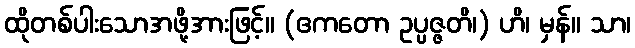
ထိုတစ်ပါးသောအဖို့အားဖြင့်။ (ဧကတော ဥပ္ပဇ္ဇတိ၊) ဟိ၊ မှန်။ သာ၊